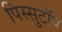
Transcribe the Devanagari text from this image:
पिस्सुटॉप